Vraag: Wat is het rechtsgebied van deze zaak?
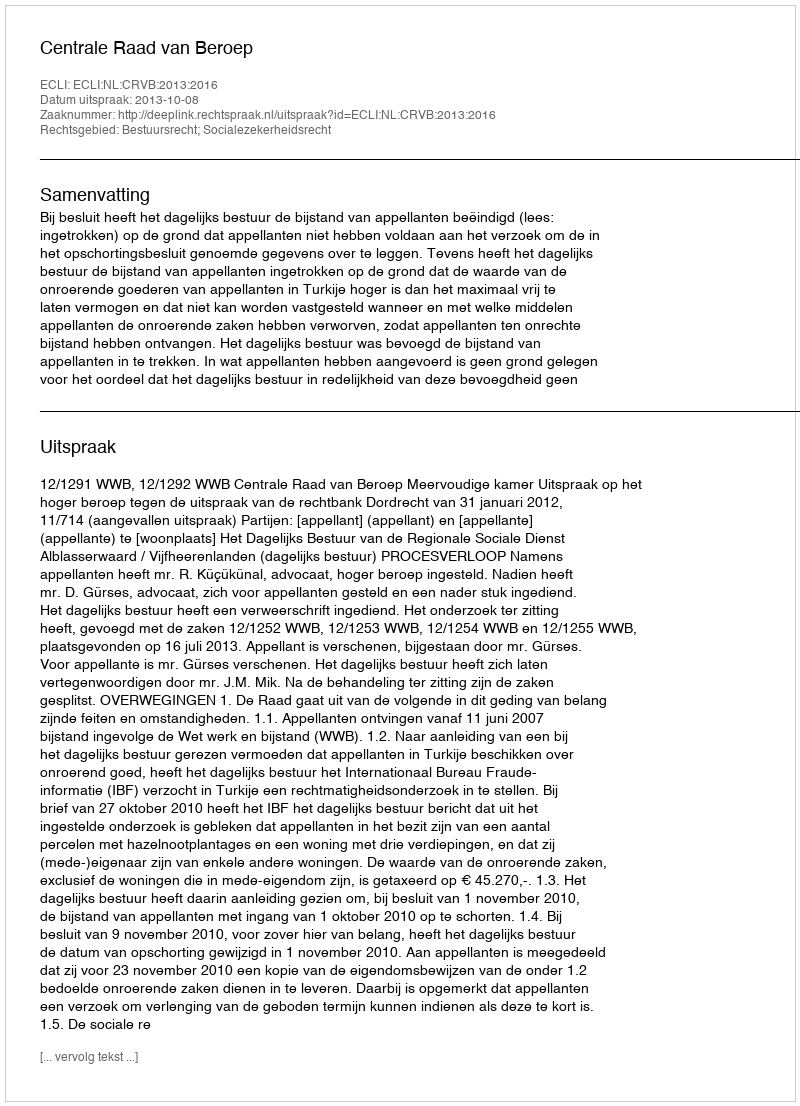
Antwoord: Bestuursrecht; Socialezekerheidsrecht